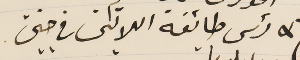
رئس طائفة اللاتين في جنين